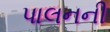
પાલનની